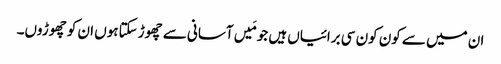
ان میں سے کون کون سی برائیاں ہیں جو مَیں آسانی سے چھوڑ سکتاہوں ان کو چھوڑوں۔